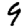
Digit: 9